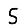
Digit: 5